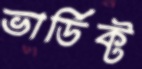
ভার্ডিক্ট